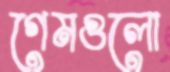
গেমগুলো